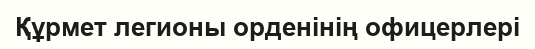
Құрмет легионы орденінің офицерлері